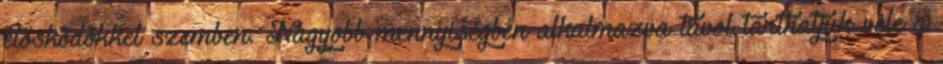
élősködőkkel szemben. Nagyobb mennyiségben alkalmazva távol tarthatjuk vele a